Annual report of the Punjab Veterinary College and of the Civil Veterinary Department, Punjab - 1920-1925
Year: 1920
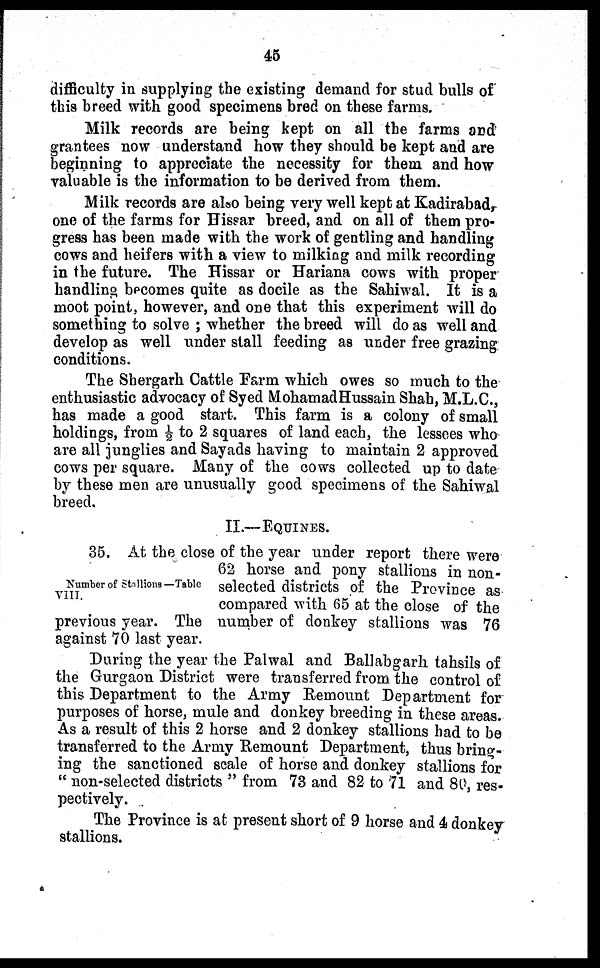
45
difficulty in supplying the existing demand for stud bulls of
this breed with good specimens bred on these farms.
Milk records are being kept on all the farms and
grantees now understand how they should be kept and are
beginning to appreciate the necessity for them and how
valuable is the information to be derived from them.
Milk records are also being very well kept at Kadirabad,
one of the farms for Hissar breed, and on all of them pro-
gress has been made with the work of gentling and handling
cows and heifers with a view to milking and milk recording
in the future. The Hissar or Hariana cows with proper
handling becomes quite as docile as the Sahiwal. It is a
moot point, however, and one that this experiment will do
something to solve ; whether the breed will do as well and
develop as well under stall feeding as under free grazing
conditions.
The Shergarh Cattle Farm which owes so much to the
enthusiastic advocacy of Syed MohamadHussain Shah, M.L.C.,
has made a good start. This farm is a colony of small
holdings, from ½ to 2 squares of land each, the lessees who
are all junglies and Sayads having to maintain 2 approved
cows per square. Many of the cows collected up to date
by these men are unusually good specimens of the Sahiwal
breed.
II.—EQUINES.
Number of Stallions —Table
VIII.
35. At the close of the year under report there were
62 horse and pony stallions in non-
selected districts of the Province as
compared with 65 at the close of the
previous year. The number of donkey stallions was 76
against 70 last year.
During the year the Palwal and Ballabgarh tahsils of
the Gurgaon District were transferred from the control of
this Department to the Army Remount Department for
purposes of horse, mule and donkey breeding in these areas.
As a result of this 2 horse and 2 donkey stallions had to be
transferred to the Army Remount Department, thus bring-
ing the sanctioned scale of horse and donkey stallions for
"non-selected districts" from 73 and 82 to 71 and 80, res-
pectively.
The Province is at present short of 9 horse and 4 donkey
stallions.